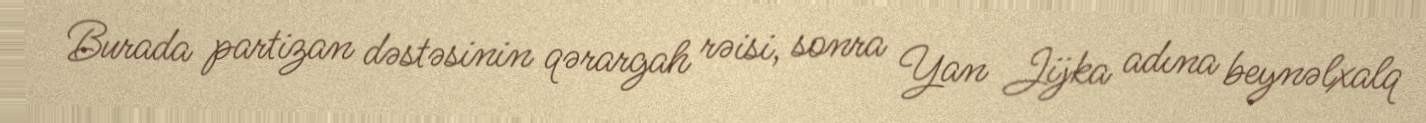
Burada partizan dəstəsinin qərargah rəisi, sonra Yan Jijka adına beynəlxalq